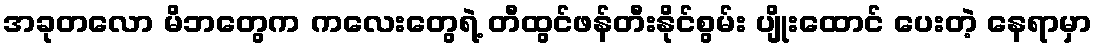
အခုတလော မိဘတွေက ကလေးတွေရဲ့ တီထွင်ဖန်တီးနိုင်စွမ်း ပျိုးထောင် ပေးတဲ့ နေရာမှာ